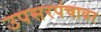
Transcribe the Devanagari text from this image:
उपसरपंचावर